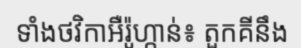
ទាំងថវិកាអឺរ៉ូហ្កាន់៖ តួកគីនឹង